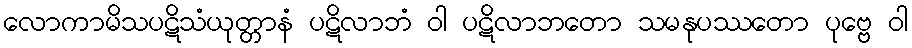
လောကာမိသပဋိသံယုတ္တာနံ ပဋိလာဘံ ဝါ ပဋိလာဘတော သမနုပဿတော ပုဗ္ဗေ ဝါ